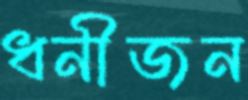
ধনীজন